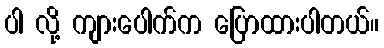
ပါ လို့ ကျားပေါက်က ပြောထားပါတယ်။